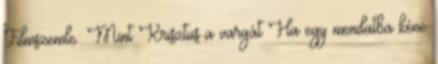
Filmszemle: Mint Krisztus a vargát Ha egy mondatba kéne